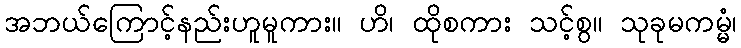
အဘယ်ကြောင့်နည်းဟူမူကား။ ဟိ၊ ထိုစကား သင့်စွ။ သုခုမကမ္မံ၊